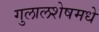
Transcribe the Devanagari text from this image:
गुलालशेषमधे